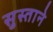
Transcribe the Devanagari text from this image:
सुस्ताने